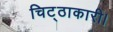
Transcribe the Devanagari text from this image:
चिट्ठाकारी।